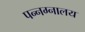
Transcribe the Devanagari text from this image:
पन्नग्नालय